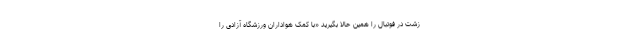
زشت در فوتبال را همین حالا بگیرید «با کمک هواداران ورزشگاه آزادی را